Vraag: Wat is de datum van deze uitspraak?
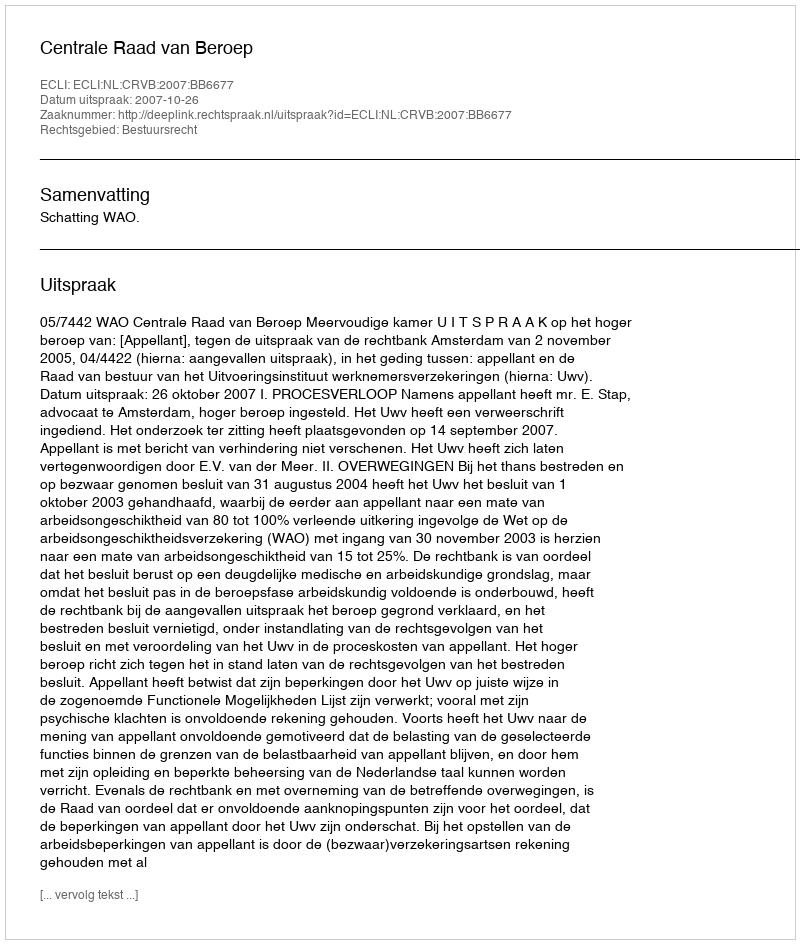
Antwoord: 2007-10-26